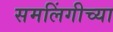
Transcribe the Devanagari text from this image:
समलिंगीच्या